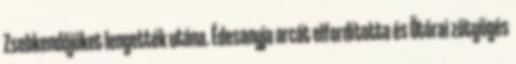
Zsebkendőjüket lengették utána. Édesanyja arcát elfordította és Ötórai zötyögés